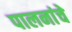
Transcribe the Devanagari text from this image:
पालनांचे